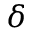
\delta